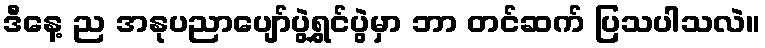
ဒီနေ့ ည အနုပညာပျော်ပွဲရွှင်ပွဲမှာ ဘာ တင်ဆက် ပြသပါသလဲ။